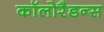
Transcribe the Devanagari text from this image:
कॉलोरैडन्स